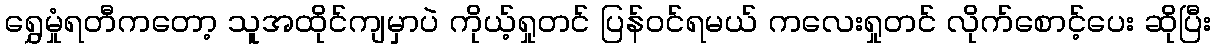
ရွှေမှုံရတီကတော့ သူအထိုင်ကျမှာပဲ ကိုယ့်ရှုတင် ပြန်ဝင်ရမယ် ကလေးရှုတင် လိုက်စောင့်ပေး ဆိုပြီး